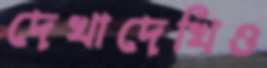
দেখাদেখিও